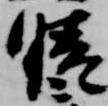
晴